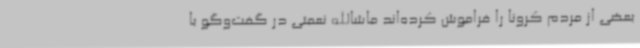
بعضی از مردم کرونا را فراموش کرده‌اند ماشاالله نعمتی در گفت‌وگو با